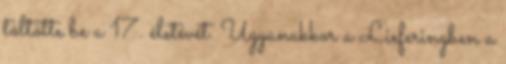
töltötte be a 17. életévét. Ugyanakkor a Lieferingben a